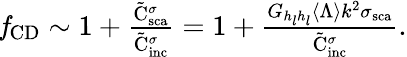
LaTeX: \begin{array}{r}{\mathit{f}_{\mathrm{{CD}}}\sim 1+\frac{{\tilde{\mathrm{{C}}}_{\mathrm{{sca}}}^{\sigma}}}{\tilde{\mathrm{{C}}}_{\mathrm{{inc}}}^{\sigma}}=1+\frac{{{G_{h_{l}h_{l}}}\langle\Lambda\rangle{k^{2}\sigma_{\mathrm{{sca}}}}}}{\tilde{\mathrm{{C}}}_{\mathrm{{inc}}}^{\sigma}}.}\end{array}